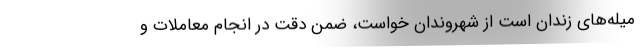
میله‌های زندان است از شهروندان خواست، ضمن دقت در انجام معاملات و